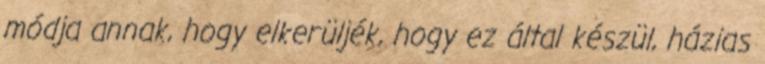
módja annak, hogy elkerüljék, hogy ez által készül, házias